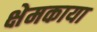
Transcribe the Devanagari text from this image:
क्षेमकाया